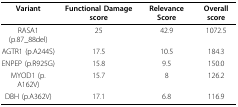
<table><thead><tr><td><b>Variant</b></td><td><b>Functional Damage score</b></td><td><b>Relevance Score</b></td><td><b>Overall score</b></td></tr></thead><tbody><tr><td>RASA1 (p.87_88del)</td><td>25</td><td>42.9</td><td>1072.5</td></tr><tr><td>AGTR1 (p.A244S)</td><td>17.5</td><td>10.5</td><td>184.3</td></tr><tr><td>ENPEP (p.R925G)</td><td>15.8</td><td>9.5</td><td>150.0</td></tr><tr><td>MYOD1 (p.A162V)</td><td>15.7</td><td>8</td><td>126.2</td></tr><tr><td>DBH (p.A362V)</td><td>17.1</td><td>6.8</td><td>116.9</td></tr></tbody></table>